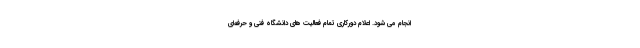
انجام می شود. اعلام دورکاری تمام فعالیت ‌های دانشگاه فنی و حرفه‌ای